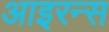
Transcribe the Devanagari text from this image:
आइरन्स